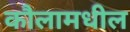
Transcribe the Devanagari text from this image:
कौलामधील